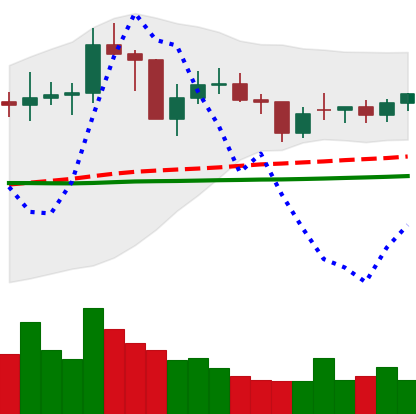
Ticker: NEO-USD
Chart end date: 2021-02-02
Forward return: 3.386%
Label: up_3_5